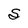
Character: S